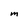
Character: M